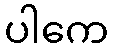
ပါကေ